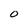
Character: O